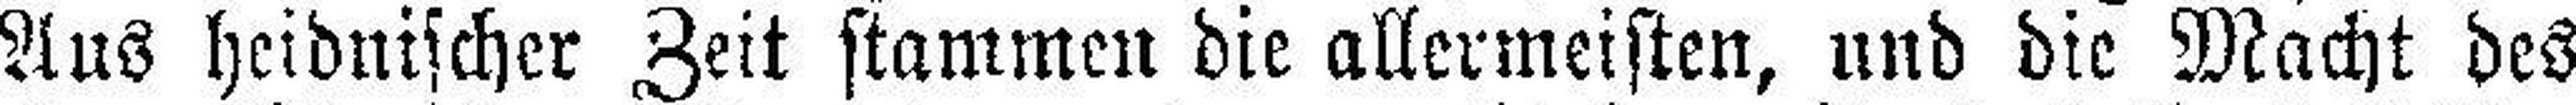
Aus heidnischer Zeit stammen die allermeisten, und die Macht des